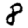
Digit: 8